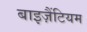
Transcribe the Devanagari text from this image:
बाइज़ैंटियम